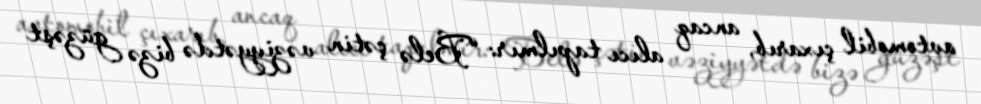
avtomobil çıxarıb, ancaq alıcı tapılmır: “Belə çətin vəziyyətdə bizə güzəşt